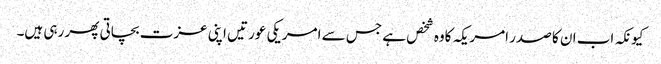
کیونکہ اب ان کا صدر امریکہ کاوہ شخص ہے جس سے امریکی عورتیں اپنی عزت بچاتی پھر رہی ہیں۔